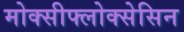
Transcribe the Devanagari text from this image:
मोक्सीफ्लोक्सेसिन